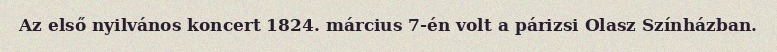
Az első nyilvános koncert 1824. március 7-én volt a párizsi Olasz Színházban.